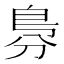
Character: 𠝷